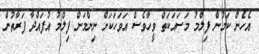
އެހެން ކަމުން ފިލްމު މަސައަކަތް ވީހާވެސް އަވަހަކަށް ނިންމަން ފިލްމު އުފައްދާ ފަރާތުން